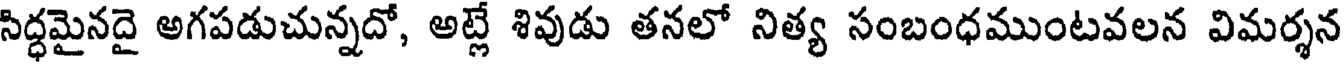
సిద్ధమైనదై అగపడుచున్నదో, అట్లే శివుడు తనలో నిత్య సంబంధముంటవలన విమర్శన